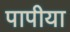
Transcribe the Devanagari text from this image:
पापीया